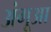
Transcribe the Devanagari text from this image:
अंगूआ